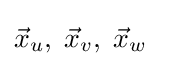
{\vec {x}}_{u},\;{\vec {x}}_{v},\;{\vec {x}}_{w}\quad